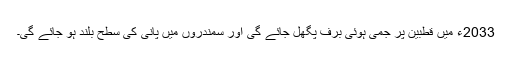
2033ء میں قطبین پر جمی ہوئی برف پگھل جائے گی اور سمندروں میں پانی کی سطح بلند ہو جائے گی۔